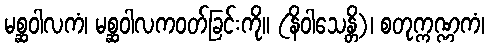
မစ္ဆဝါလကံ၊ မစ္ဆဝါလကဝတ်ခြင်းကို။ (နိဝါသေန္တိ)၊ စတုက္ကဏ္ဏကံ၊